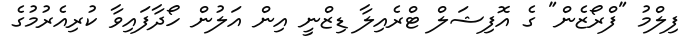
ފިލްމު "ފްރޯޒެން" ގެ އޮފިޝަލް ޓްރެއިލާ ޑިޒްނީ އިން އަލުން ހޯދާފައިވާ ކުރިއެރުމުގެ